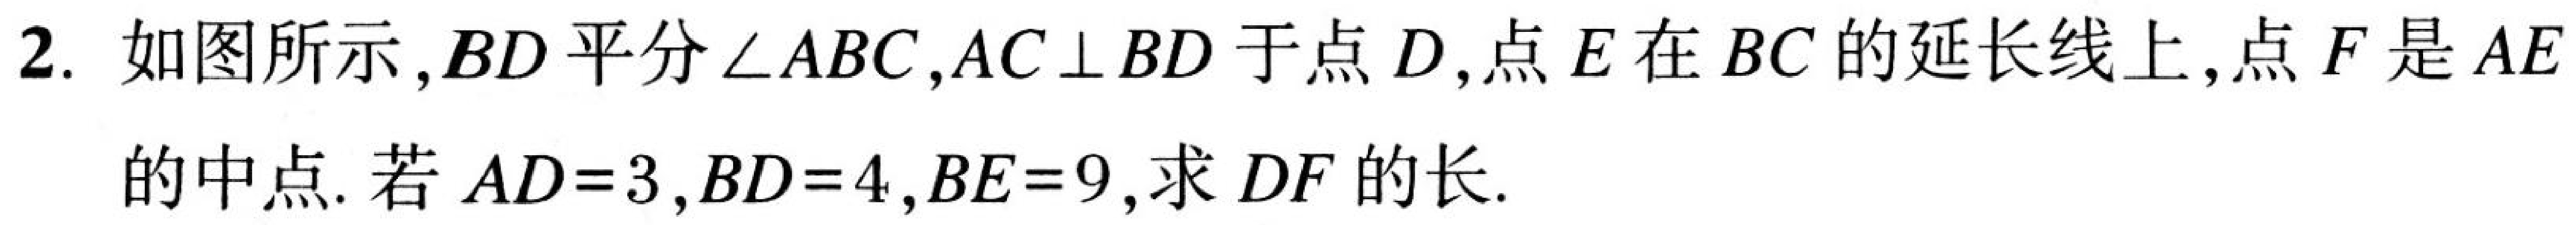
2. 如图所示,\(BD\)平分\(\angle ABC\),\(AC\perp BD\)于点\(D\),点\(E\)在\(BC\)的延长线上,点\(F\)是\(AE\)
的中点. 若\(AD = 3\),\(BD = 4\),\(BE = 9\),求\(DF\)的长.